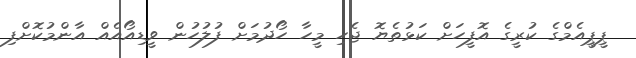
ޕީޕީއެމްގެ ކުރީގެ އޮފީހަށް ކަޅުތެޔޮ ޖެހި މީހާ ހޯދުމަށް ފުލުހުން ވީޑިއޯއެއް އާންމުކޮށްފި